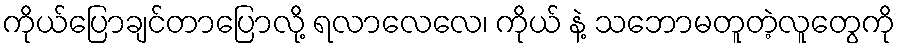
ကိုယ်ပြောချင်တာပြောလို့ ရလာလေလေ၊ ကိုယ် နဲ့ သဘောမတူတဲ့လူတွေကို